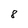
Character: 8